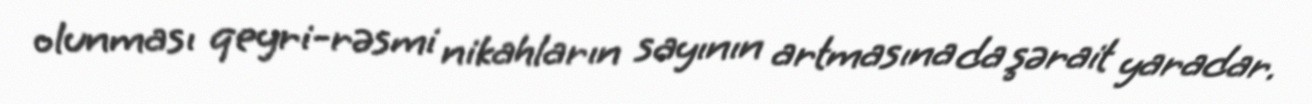
olunması qeyri-rəsmi nikahların sayının artmasına da şərait yaradar.